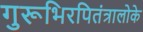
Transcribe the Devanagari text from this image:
गुरूभिरपितंत्रालोके